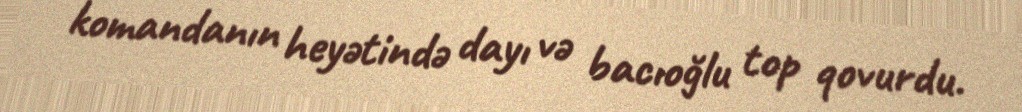
komandanın heyətində dayı və bacıoğlu top qovurdu.